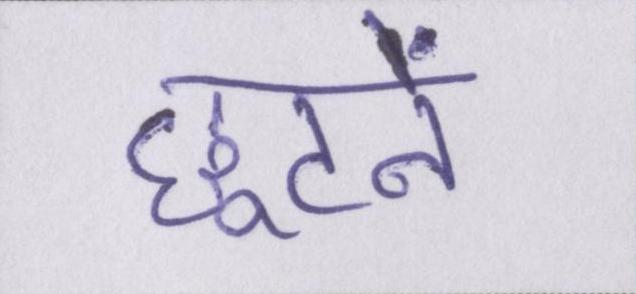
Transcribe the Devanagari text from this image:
छूटने